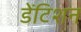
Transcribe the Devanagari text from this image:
डेंटिशन